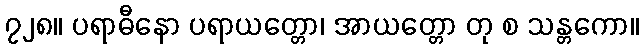
၇၂၈။ ပရာဓီနော ပရာယတ္တော၊ အာယတ္တော တု စ သန္တကော။